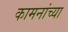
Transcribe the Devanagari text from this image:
कामनांच्या